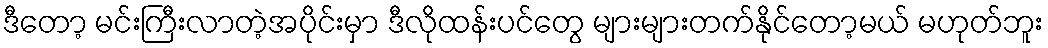
ဒီတော့ မင်းကြီးလာတဲ့အပိုင်းမှာ ဒီလိုထန်းပင်တွေ များများတက်နိုင်တော့မယ် မဟုတ်ဘူး